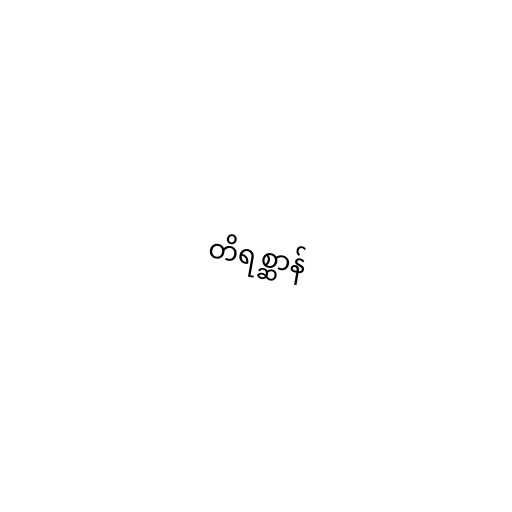
တိရစ္ဆာန်